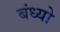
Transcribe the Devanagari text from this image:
बंध्यो